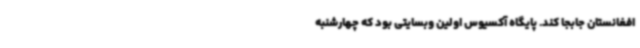
افغانستان جابجا کند. پایگاه آکسیوس اولین وبسایتی بود که چهارشنبه